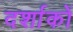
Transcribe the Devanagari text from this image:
दर्शाकों